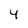
Character: 4